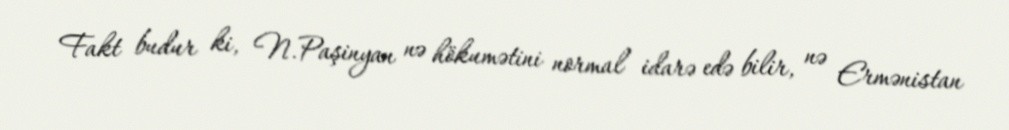
Fakt budur ki, N.Paşinyan nə hökumətini normal idarə edə bilir, nə Ermənistan